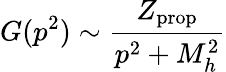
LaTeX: G(p^{2})\sim{\frac{Z_{\mathrm{prop}}}{p^{2}+M_{h}^{2}}}